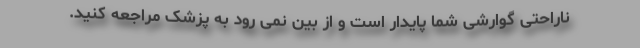
ناراحتی گوارشی شما پایدار است و از بین نمی رود به پزشک مراجعه کنید.